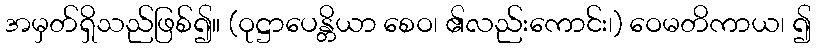
အမှတ်ရှိသည်ဖြစ်၍။ (ဝုဋ္ဌာပေန္တိယာ စေဝ၊ ၏လည်းကောင်း၊) ဝေမတိကာယ၊ ၍